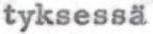
tyksessä